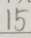
1 5